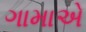
ગામાએ